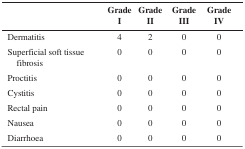
|  | Grade I | Grade II | Grade III | Grade IV |
 | --- | --- | --- | --- | --- |
 | Dermatitis | 4 | 2 | 0 | 0 |
 | Superficial soft tissue fibrosis | 0 | 0 | 0 | 0 |
 | Proctitis | 0 | 0 | 0 | 0 |
 | Cystitis | 0 | 0 | 0 | 0 |
 | Rectal pain | 0 | 0 | 0 | 0 |
 | Nausea | 0 | 0 | 0 | 0 |
 | Diarrhoea | 0 | 0 | 0 | 0 |